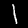
Label: 1